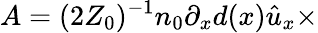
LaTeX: A=(2Z_{0})^{-1}n_{0}\partial_{x}{d}(x)\hat{u}_{x}\times